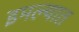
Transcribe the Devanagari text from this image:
इमल्यात